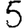
Digit: 5